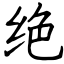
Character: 绝